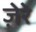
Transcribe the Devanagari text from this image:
ज़ेरे